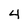
Character: 4